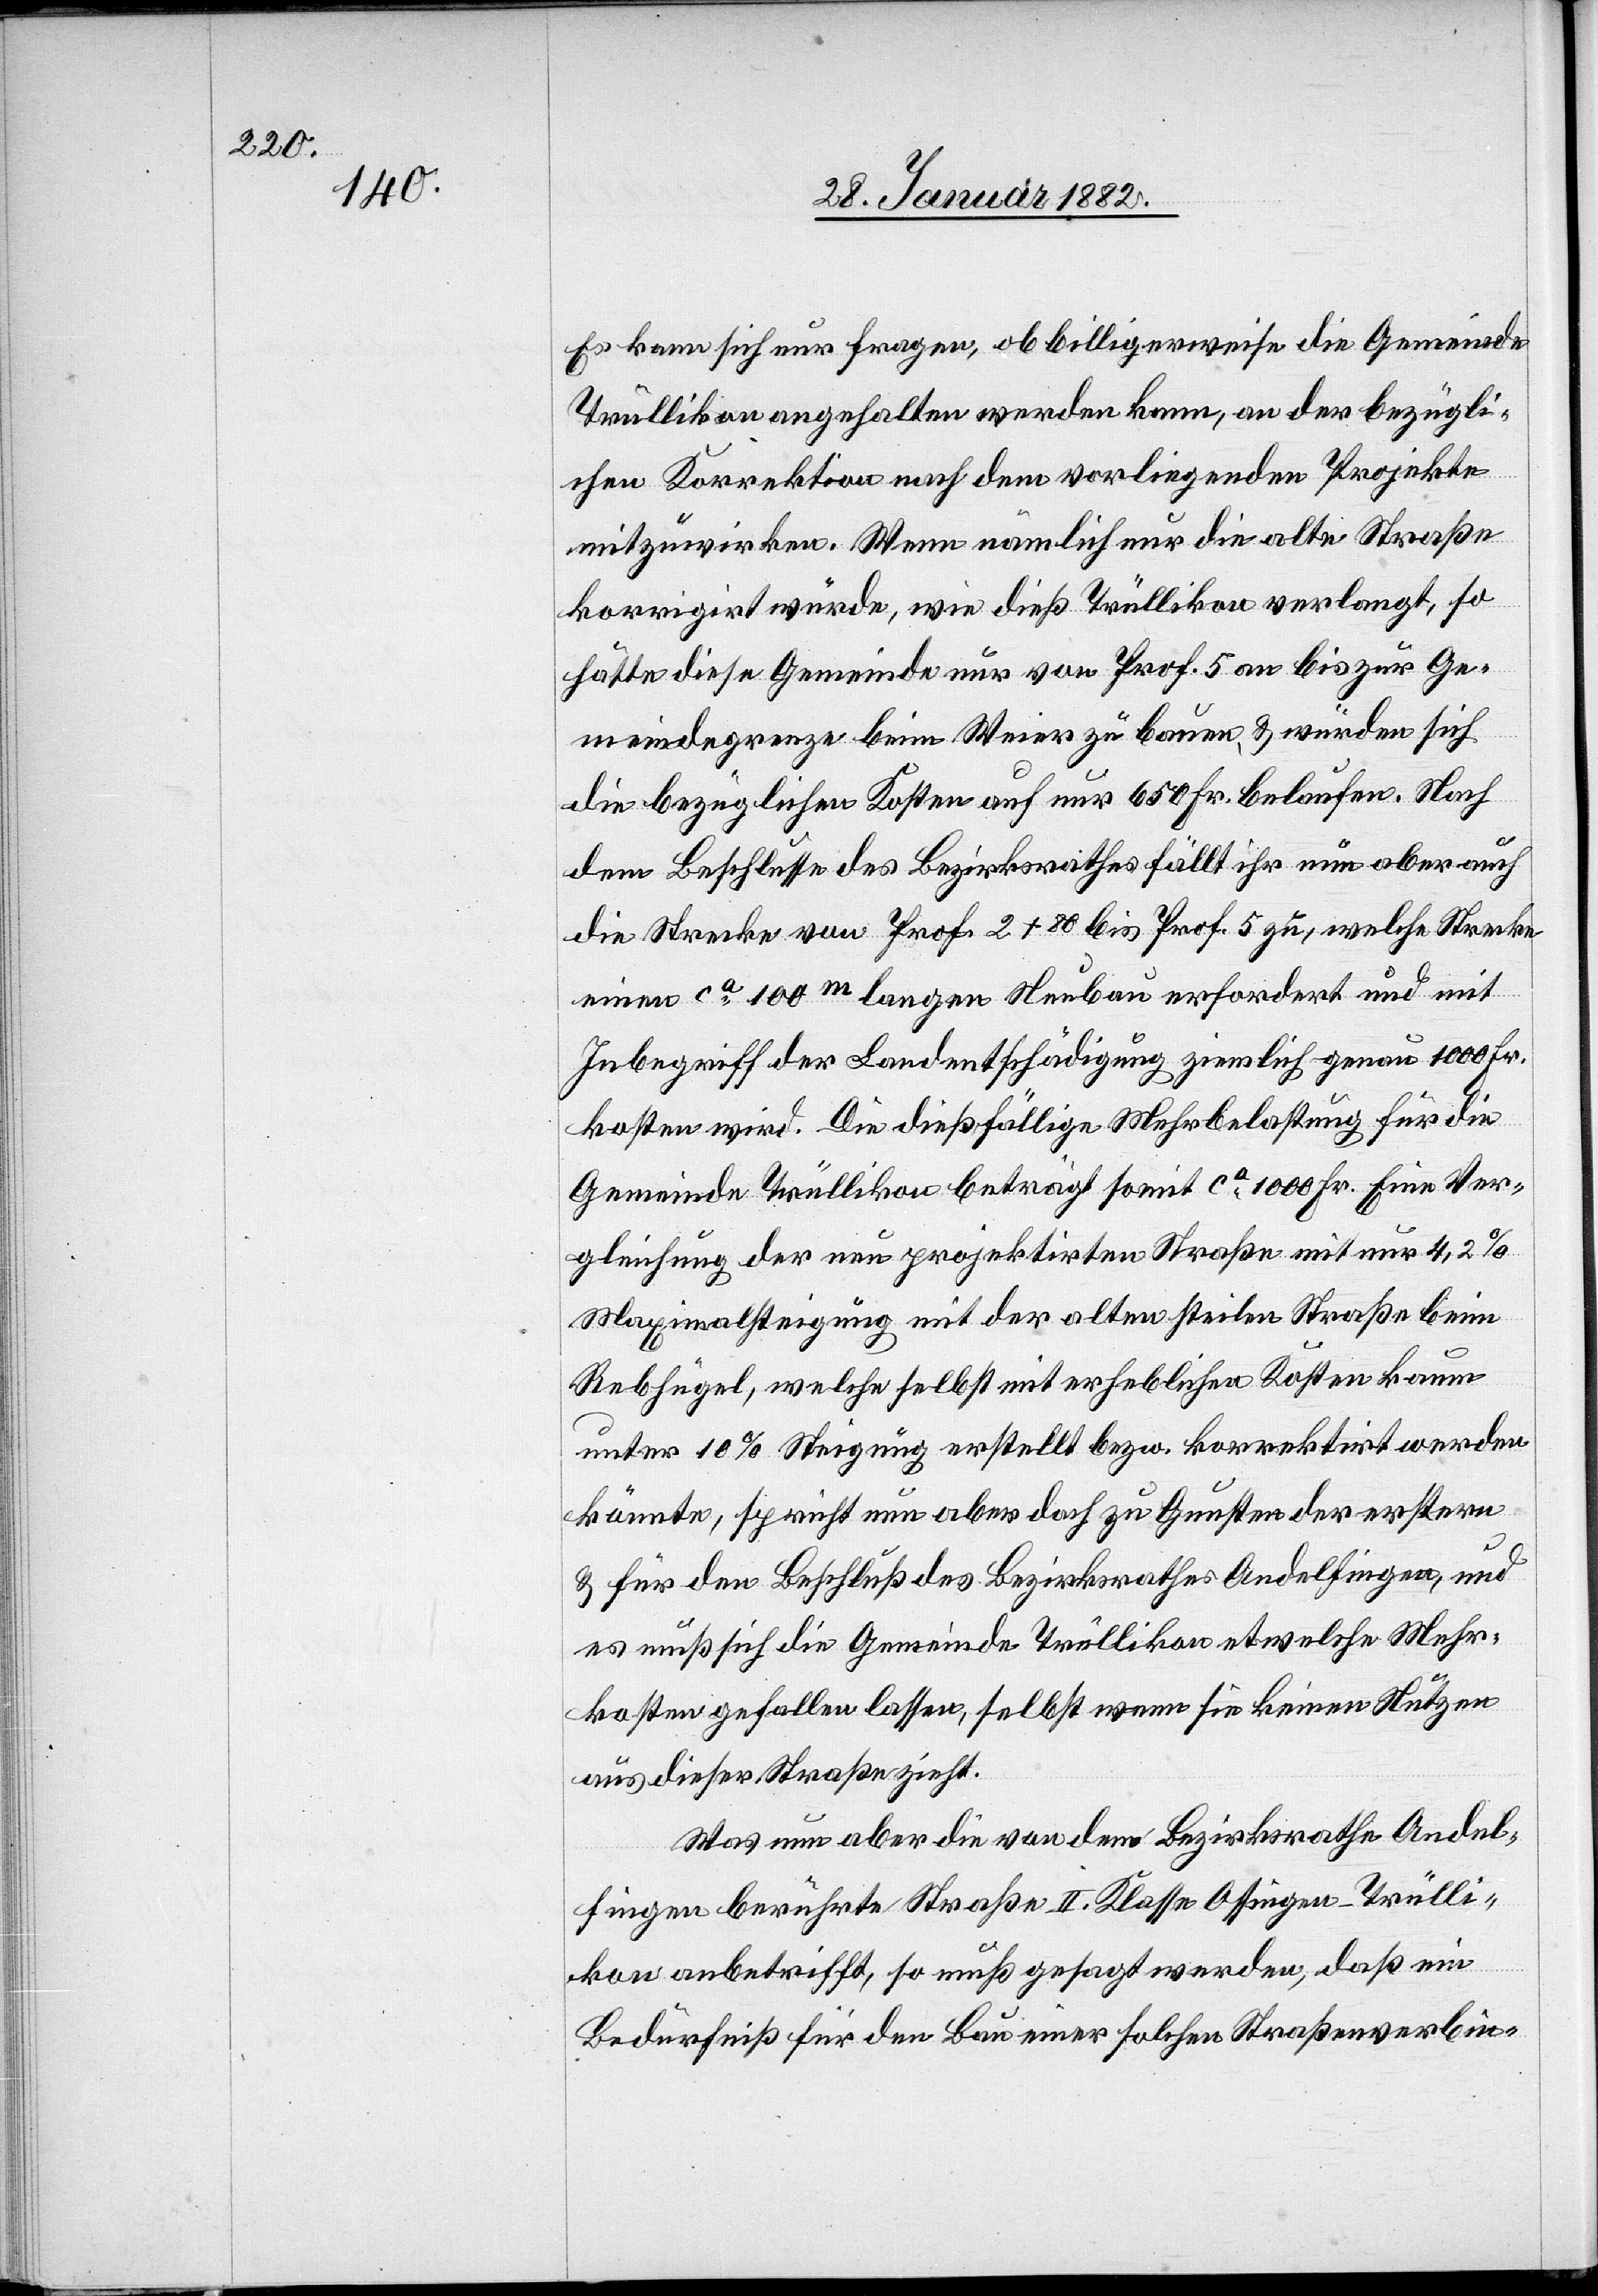
Es kann sich nur fragen, ob billigerweise die Gemeinde
Trüllikon angehalten werden kann, an der bezügli¬
chen Korrektion nach dem vorliegenden Projekte
mitzuwirken. Wenn nämlich nur die alte Straße
korrigiert würde, wie dieß Trüllikon verlangt, so
hätte diese Gemeinde nur vom Prof. 5 an bis zur Ge¬
meindegrenze beim Weier zu bauen, & würden sich
die bezüglichen Kosten auch nur 650 Fr. belaufen. Nach
dem Beschlusse des Bezirksrathes fällt ihr nun aber auch
die Strecke vom Prof. 2 + 80 bis Prof. 5 zu, welche Strecke
eine ca 100m langen Neubau erfordert und mit
Inbegriff der Landentschädigung ziemlich genau 1000 Fr.
kosten wird. Die dießfällige Mehrbelastung für die
Gemeinde Trüllikon beträgt somit ca 1000 Fr. Eine Ver¬
gleichung der nun projektirten Straße mit nur 4,2%
Maximalsteigung mit der alten steilen Straße beim
Rebhügel, welche selbst mit erheblichen Kosten kaum
unter 10% Steigung erstellt bezw. korrektirt werden
könnte, spricht nun aber doch zu Gunsten der erstern
& für den Beschluß des Bezirksrathes Andelfingen, und
es muß sich die Gemeinde Trüllikon etwelche Mehr¬
kosten gefallen lassen, selbst wenn sie keinen Nutzen
aus dieser Straße zieht.
Was nun aber die von dem Bezirksrathe Andel¬
fingen berührte Straße II. Klasse Ossingen–Trülli¬
kon anbetrifft, so muß gesagt werden, daß ein
Bedürfniß für den Bau einer solchen Straßenverbin-